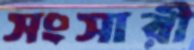
সংসারী